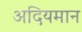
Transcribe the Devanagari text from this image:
अदियमान